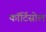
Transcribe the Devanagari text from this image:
कॉर्टिसोल